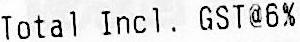
TOTAL INCL. GST@6%